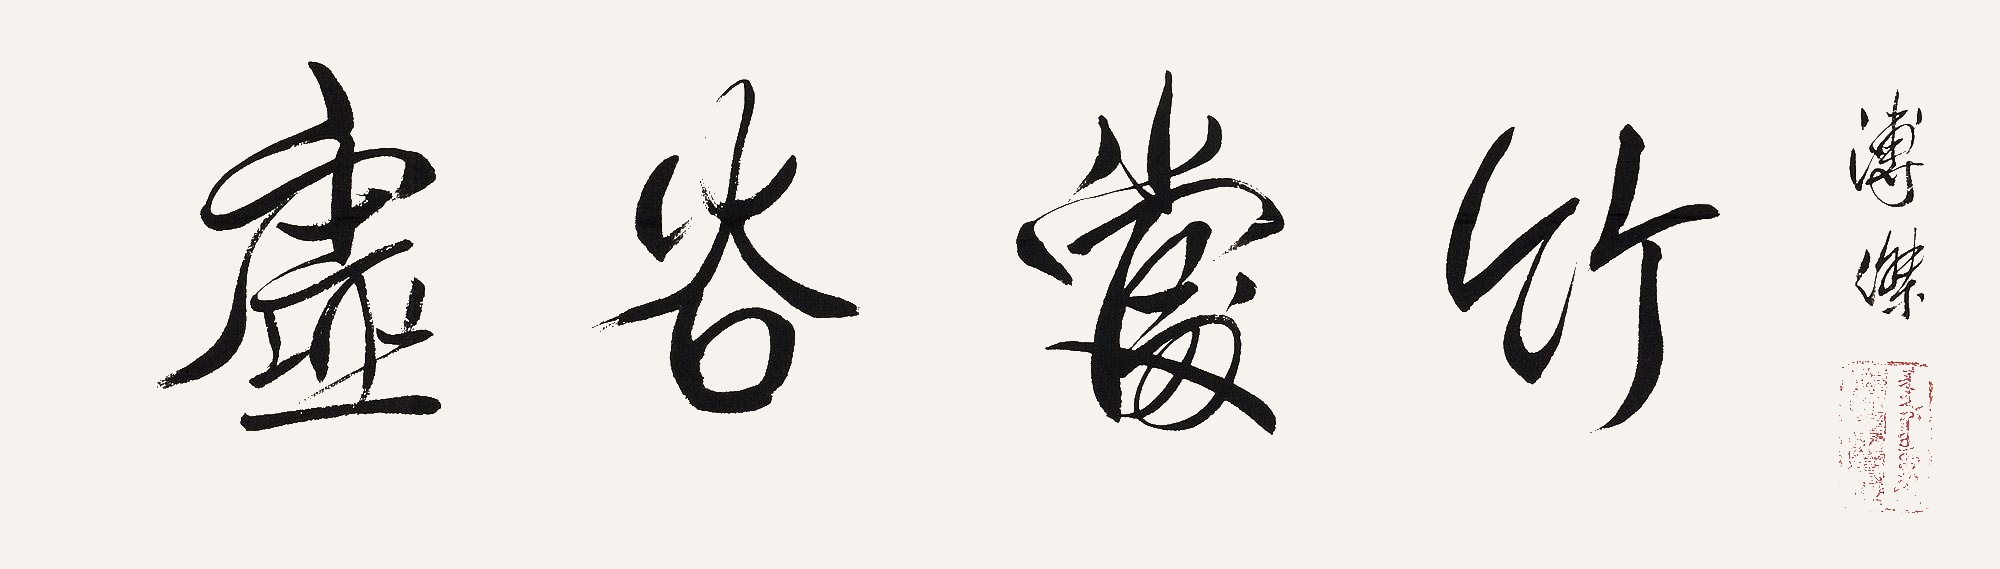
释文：虚谷当竹溥杰